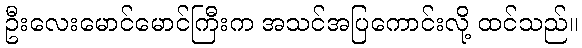
ဦးလေးမောင်မောင်ကြီးက အသင်အပြကောင်းလို့ ထင်သည်။